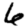
Digit: 6